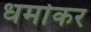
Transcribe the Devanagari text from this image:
धर्माकर